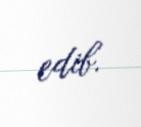
edib.